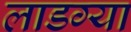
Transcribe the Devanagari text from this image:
लाडग्या